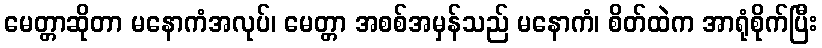
မေတ္တာဆိုတာ မနောကံအလုပ်၊ မေတ္တာ အစစ်အမှန်သည် မနောကံ၊ စိတ်ထဲက အာရုံစိုက်ပြီး